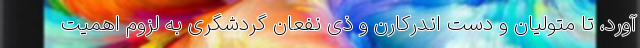
‌آورد، تا متولیان و دست اندرکارن و ذی نفعان گردشگری به لزوم اهمیت